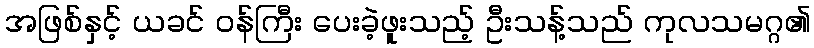
အဖြစ်နှင့် ယခင် ဝန်ကြီး ပေးခဲ့ဖူးသည့် ဦးသန့်သည် ကုလသမဂ္ဂ၏